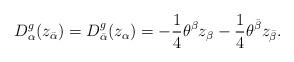
LaTeX: \begin{align*}D^g_\alpha (z_{\bar\alpha}) = D^g_{\bar\alpha}(z_\alpha) &= -\frac14\theta^\beta z_\beta - \frac14 \theta^{\bar\beta} z_{\bar\beta}.\end{align*}